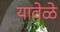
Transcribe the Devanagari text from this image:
यावेळे